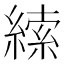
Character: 䌇